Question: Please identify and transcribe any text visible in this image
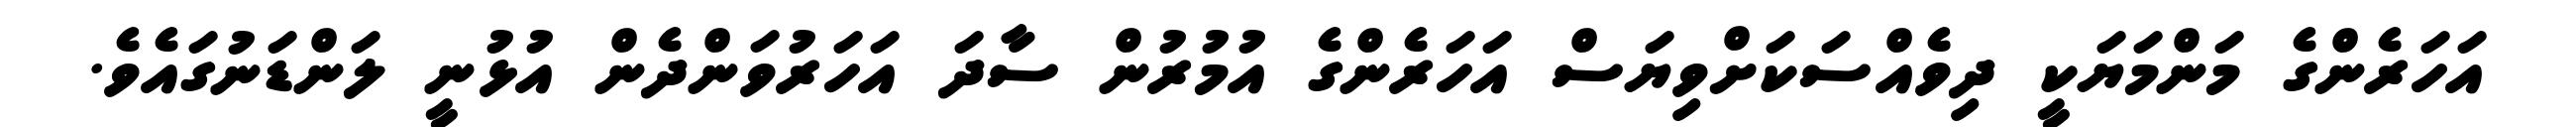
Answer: އަހަރެންގެ މަންމަޔަކީ ދިވެއްސަކަށްވިޔަސް އަހަރެންގެ އުމުރުން ސާދަ އަހަރުވަންދެން އުޅުނީ ލަންޑަނުގައެވެ.